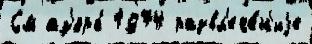
См аз'ерб 1974 развл'ече́н'иjе